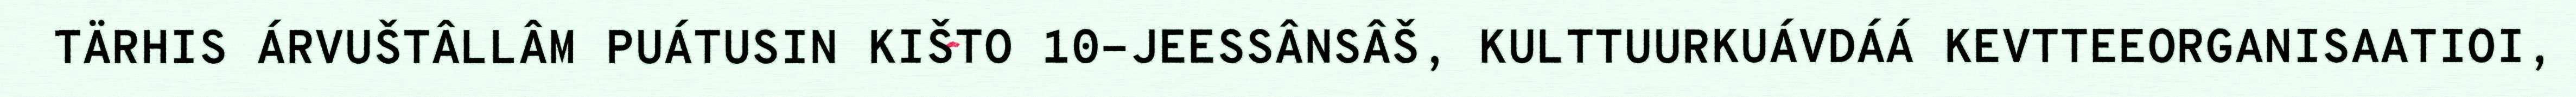
TÄRHIS ÁRVUŠTÂLLÂM PUÁTUSIN KIŠTO 10-JEESSÂNSÂŠ, KULTTUURKUÁVDÁÁ KEVTTEEORGANISAATIOI,